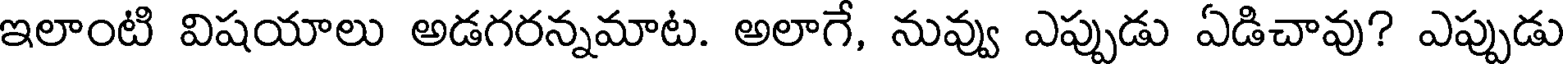
ఇలాంటి విషయాలు అడగరన్నమాట. అలాగే, నువ్వు ఎప్పుడు ఏడిచావు? ఎప్పుడు